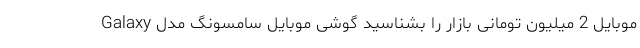
موبایل 2 میلیون تومانی بازار را بشناسید گوشی موبایل سامسونگ مدل Galaxy